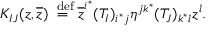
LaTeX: K _ { I J } ( z , \overline { { z } } ) \stackrel { \mathrm { \scriptsize ~ d e f } } { = } \overline { { z } } ^ { i ^ { * } } ( T _ { I } ) _ { i ^ { * } j } \eta ^ { j k ^ { * } } ( T _ { J } ) _ { k ^ { * } l } z ^ { l } .